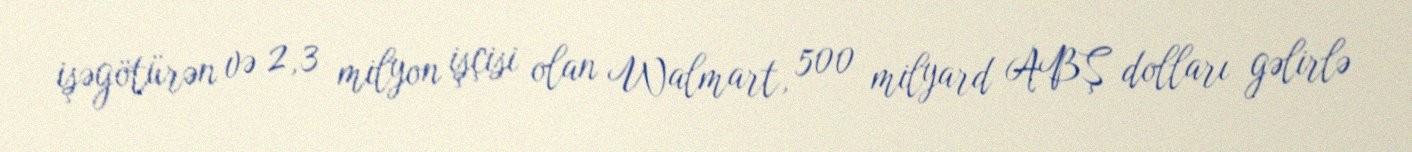
işəgötürən və 2,3 milyon işçisi olan Walmart, 500 milyard ABŞ dolları gəlirlə